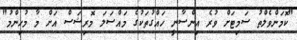
"ކޮމަންވެލްތު ސަމިޓަށް ވުރެ އިންސާނީ ހައްގުތަކުގެ މައްސަލަ މޮރިޝަސް އަށް މާ މުހިންމު"